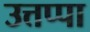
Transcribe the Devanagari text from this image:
उत्तप्पा